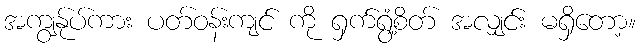
အကျွန်ုပ်ကား ပတ်ဝန်းကျင် ကို ရှက်ရွံ့စိတ် အလျှင်း မရှိတော့။